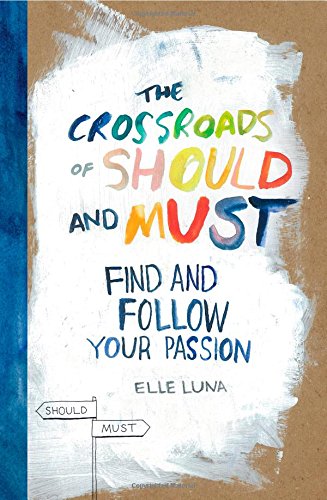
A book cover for The Crossroads of Should and Must: Find and Follow Your Passion; Elle Luna; Self-Help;